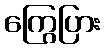
ကြွေပြား